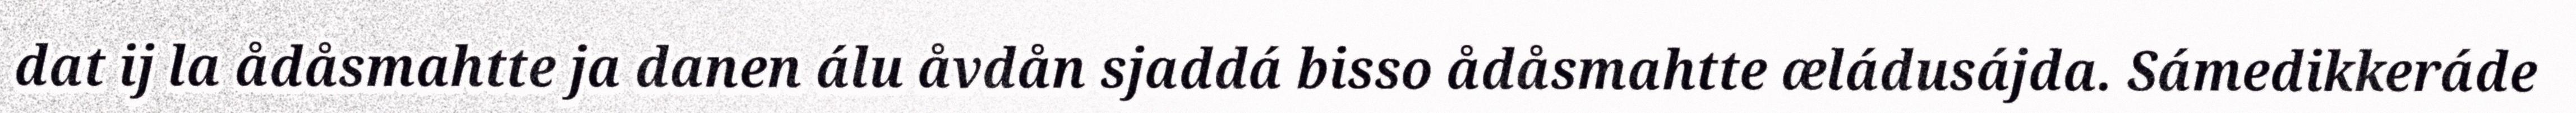
dat ij la ådåsmahtte ja danen álu åvdån sjaddá bisso ådåsmahtte æládusájda. Sámedikkeráde